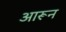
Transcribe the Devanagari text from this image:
आरून